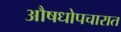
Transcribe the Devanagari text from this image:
औषधोपचारात